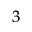
_ { 3 }